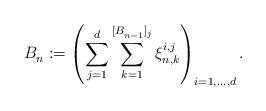
LaTeX: \begin{align*} B^{}_{n}:=\left(\sum_{j=1}^d\sum_{k=1}^{[B^{}_{n-1}]_j}\xi_{n,k}^{i,j}\right)_{i=1,\ldots,d}.\end{align*}